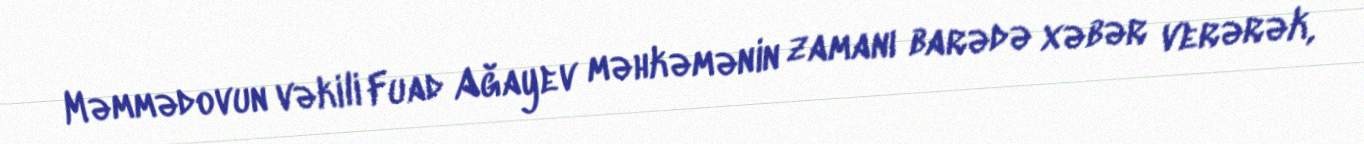
Məmmədovun vəkili Fuad Ağayev məhkəmənin zamanı barədə xəbər verərək,